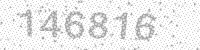
Solution: 146816